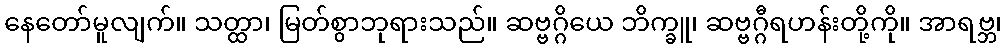
နေတော်မူလျက်။ သတ္ထာ၊ မြတ်စွာဘုရားသည်။ ဆဗ္ဗဂ္ဂိယေ ဘိက္ခူ၊ ဆဗ္ဗဂ္ဂီရဟန်းတို့ကို။ အာရဗ္ဘ၊